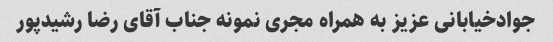
جوادخیابانی عزیز به همراه مجری نمونه جناب آقای رضا رشیدپور